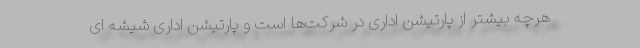
هرچه بیشتر از پارتیشن اداری در شرکت‌ها است و پارتیشن اداری شیشه ای